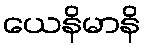
ယေနိမာနိ